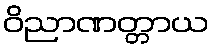
ဝိညာဏတ္တာယ